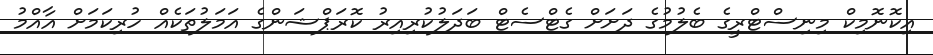
އިކޮނޮމިކް މިނިސްޓްރީގެ ބެލުމުގެ ދަށަށް ގެޓްސެޓް ބަދަލުކުރިއިރު ކޮރަޕްޝަންގެ އަމަލުތަކެއް ހުރިކަމަށް އާއްމު